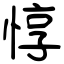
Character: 惇